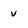
Character: v